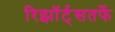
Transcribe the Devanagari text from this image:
रिझॉर्ट्‌सतर्फे